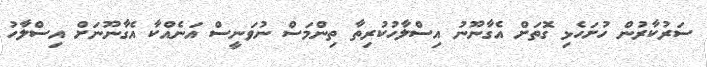
ސަރުކާރުން ހުށަހެޅި ގޮތަށް އެގާނޫނު އިސްލާހުކުރިތާ ތިންމަސް ނުވަނީސް އަނެއްކާ އެގާނޫނަށް އިސްލާހު